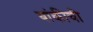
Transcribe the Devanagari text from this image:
बांकीची